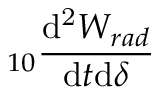
_ { 1 0 } \frac { \mathrm { d ^ { 2 } } W _ { r a d } } { \mathrm { d } t \mathrm { d } \delta }